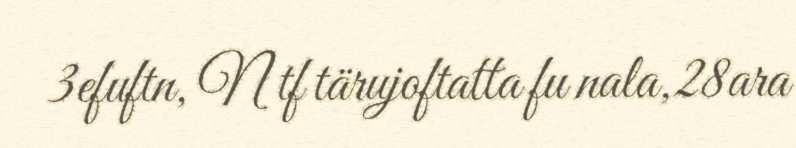
3efuftn, N tf tärujoftatta fu nala,28ara